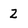
Character: 2